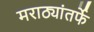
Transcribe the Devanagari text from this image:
मराठ्यांतर्फे